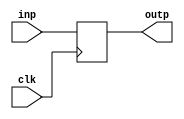
module register(clk, inp, outp);

input clk;
input inp;

output outp;

always@(posedge clk) begin
    outp <= inp;
end
endmodule